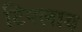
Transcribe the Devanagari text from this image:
टिपलाय